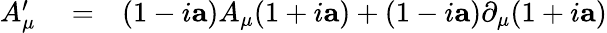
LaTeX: \begin{array}{rlr}{A_{\mu}^{\prime}}&{{}=}&{(1-i\mathbf{a})A_{\mu}(1+i\mathbf{a})+(1-i\mathbf{a})\partial_{\mu}(1+i\mathbf{a})}\end{array}